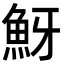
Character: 𩶀